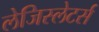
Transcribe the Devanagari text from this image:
लेजिस्लेटर्स